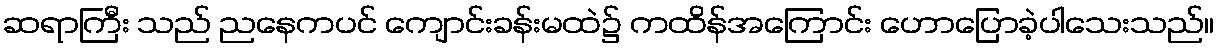
ဆရာကြီး သည် ညနေကပင် ကျောင်းခန်းမထဲ၌ ကထိန်အကြောင်း ဟောပြောခဲ့ပါသေးသည်။